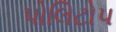
પોલિટોપ